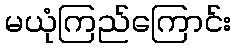
မယုံကြည်ကြောင်း